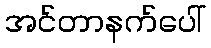
အင်တာနက်ပေါ်